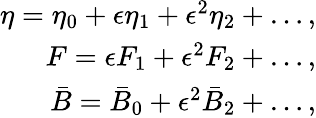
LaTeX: \begin{array}{r}{\eta=\eta_{0}+\epsilon\eta_{1}+\epsilon^{2}\eta_{2}+\dots,}\\ {F=\epsilon F_{1}+\epsilon^{2}F_{2}+\dots,}\\ {\bar{B}=\bar{B}_{0}+\epsilon^{2}\bar{B}_{2}+\dots,}\end{array}